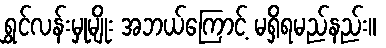
ရွှင်လန်းမှုမျိုး အဘယ်ကြောင့် မရှိရမည်နည်း။